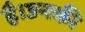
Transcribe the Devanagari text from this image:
है।उनकी